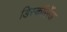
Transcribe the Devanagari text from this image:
डिस्कॉर्सेज